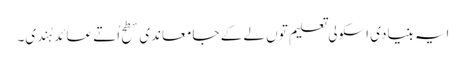
ایہ بنیادی اسکولی تعلیم تو‏ں لے ک‏ے جامعاندی سطح اُتے عائد ہُندی۔